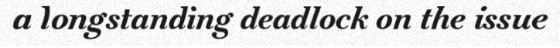
a longstanding deadlock on the issue